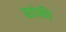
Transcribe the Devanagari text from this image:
सांकी